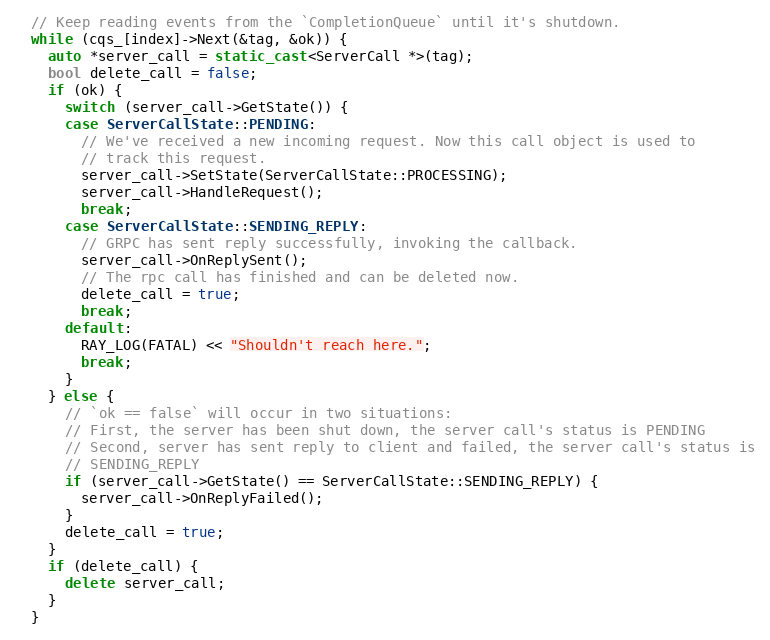
Language: C++
  // Keep reading events from the `CompletionQueue` until it's shutdown.
  while (cqs_[index]->Next(&tag, &ok)) {
    auto *server_call = static_cast<ServerCall *>(tag);
    bool delete_call = false;
    if (ok) {
      switch (server_call->GetState()) {
      case ServerCallState::PENDING:
        // We've received a new incoming request. Now this call object is used to
        // track this request.
        server_call->SetState(ServerCallState::PROCESSING);
        server_call->HandleRequest();
        break;
      case ServerCallState::SENDING_REPLY:
        // GRPC has sent reply successfully, invoking the callback.
        server_call->OnReplySent();
        // The rpc call has finished and can be deleted now.
        delete_call = true;
        break;
      default:
        RAY_LOG(FATAL) << "Shouldn't reach here.";
        break;
      }
    } else {
      // `ok == false` will occur in two situations:
      // First, the server has been shut down, the server call's status is PENDING
      // Second, server has sent reply to client and failed, the server call's status is
      // SENDING_REPLY
      if (server_call->GetState() == ServerCallState::SENDING_REPLY) {
        server_call->OnReplyFailed();
      }
      delete_call = true;
    }
    if (delete_call) {
      delete server_call;
    }
  }